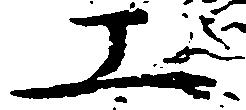
工